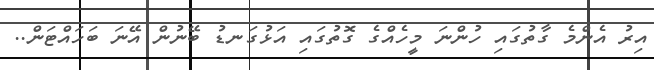
އިރު އެންމެ ގާތުގައި ހުންނަ މީހެއްގެ ގޮތުގައި އަޅުގަނޑު ބޭނުން އޭނަ ބަހައްޓަން..